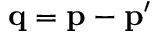
\mathbf { q } = \mathbf { p } - \mathbf { p } ^ { \prime }